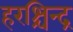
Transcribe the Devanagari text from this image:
हरश्चिन्द्र